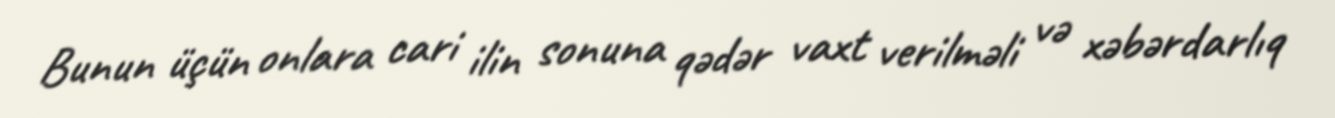
Bunun üçün onlara cari ilin sonuna qədər vaxt verilməli və xəbərdarlıq